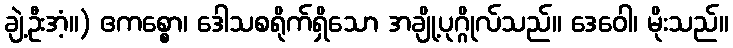
ချဲ့ဦးအံ့။) ဧကစ္စော၊ ဒေါသစရိုက်ရှိသော အချို့ပုဂ္ဂိုလ်သည်။ ဒေဝေါ၊ မိုးသည်။